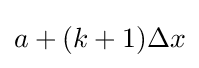
a+(k+1)\Delta x